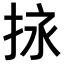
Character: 𢬠